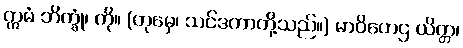
ဣမံ ဘိက္ခုံ၊ ကို။ (တုမှေ၊ သင်ဒကာတို့သည်။) မာဝိဟေဌ ယိတ္တ၊